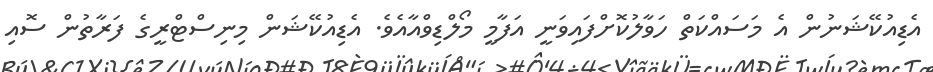
އެޑިއުކޭޝަނުން އެ މަސައްކަތް ހަވާލުކޮށްފައިވަނީ އަފާމީ މޯލްޑިވްއާއެވެ. އެޑިއުކޭޝަން މިނިސްޓްރީގެ ފަރާތުން ސޮއި